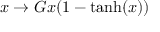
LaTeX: x \rightarrow G x ( 1 - \mathrm { t a n h } ( x ) )